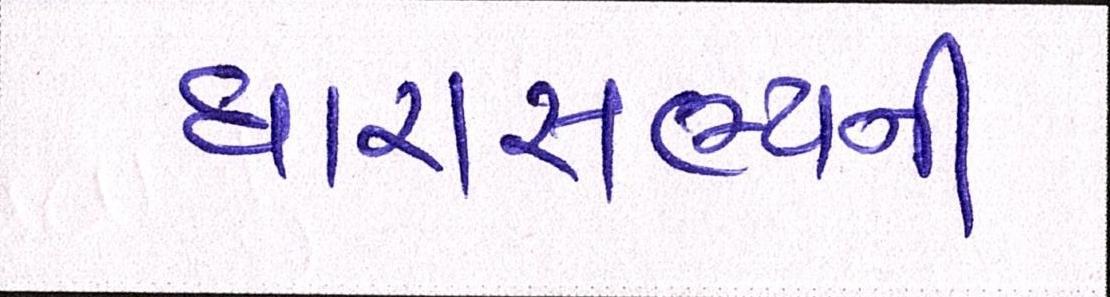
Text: ધારાસભ્યની